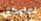
لمايكل